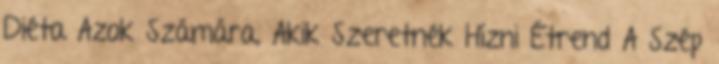
Diéta Azok Számára, Akik Szeretnék Hízni Étrend A Szép